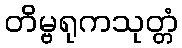
တိမ္ဗရုကသုတ္တံ